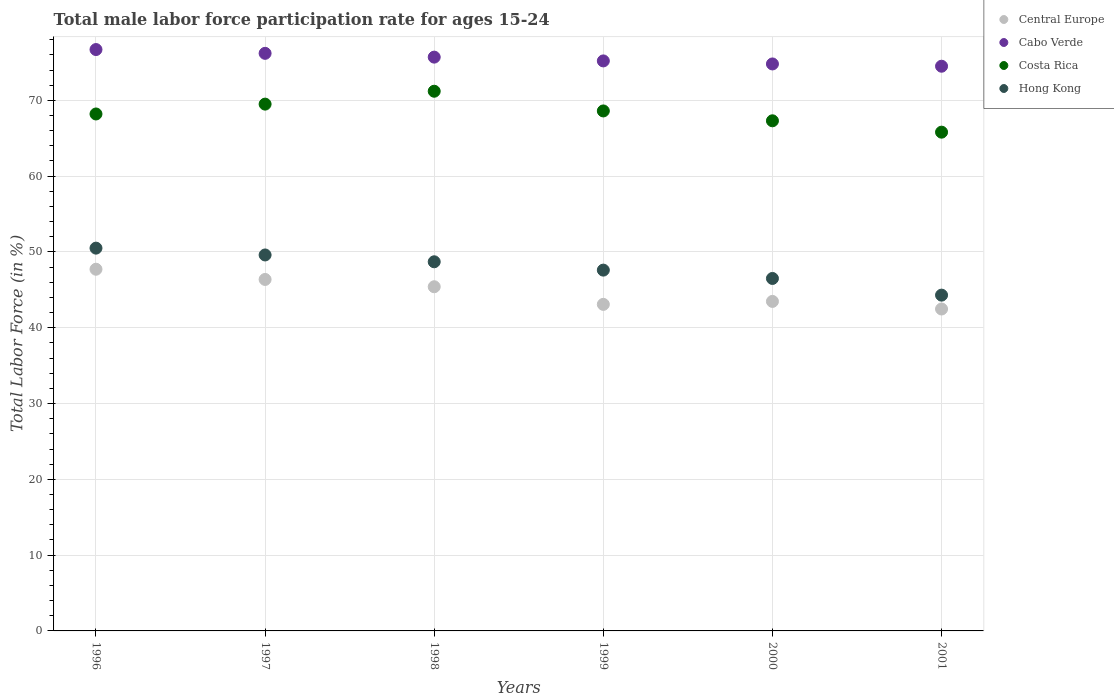
| Years | Central Europe | Cabo Verde | Costa Rica | Hong Kong |
 | --- | --- | --- | --- | --- |
 | 1996 | 47.7 | 76.7 | 68.2 | 50.5 |
 | 1997 | 46.4 | 76.2 | 69.5 | 49.6 |
 | 1998 | 45.4 | 75.7 | 71.2 | 48.7 |
 | 1999 | 43.1 | 75.2 | 68.6 | 47.6 |
 | 2000 | 43.5 | 74.8 | 67.3 | 46.5 |
 | 2001 | 42.5 | 74.5 | 65.8 | 44.3 |